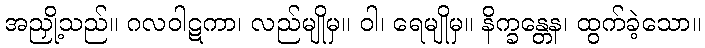
အညှို့သည်။ ဂလဝါဋကာ၊ လည်မျိုမှ။ ဝါ၊ ရေမျိုမှ။ နိက္ခန္တေန၊ ထွက်ခဲ့သော။